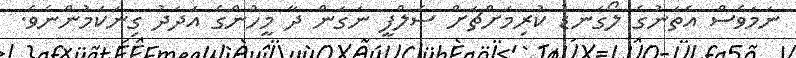
ނަމަވެސް އެތަނުގެ ލޯގަނޑު ކުރިމަށްޗަށް ސެލްފީ ނަގަން ދާ މީހުންގެ އަދަދު ގިނަކަމުންނެވެ.